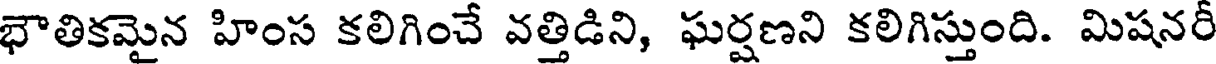
భౌతికమైన హింస కలిగించే వత్తిడిని, ఘర్షణని కలిగిస్తుంది. మిషనరీ